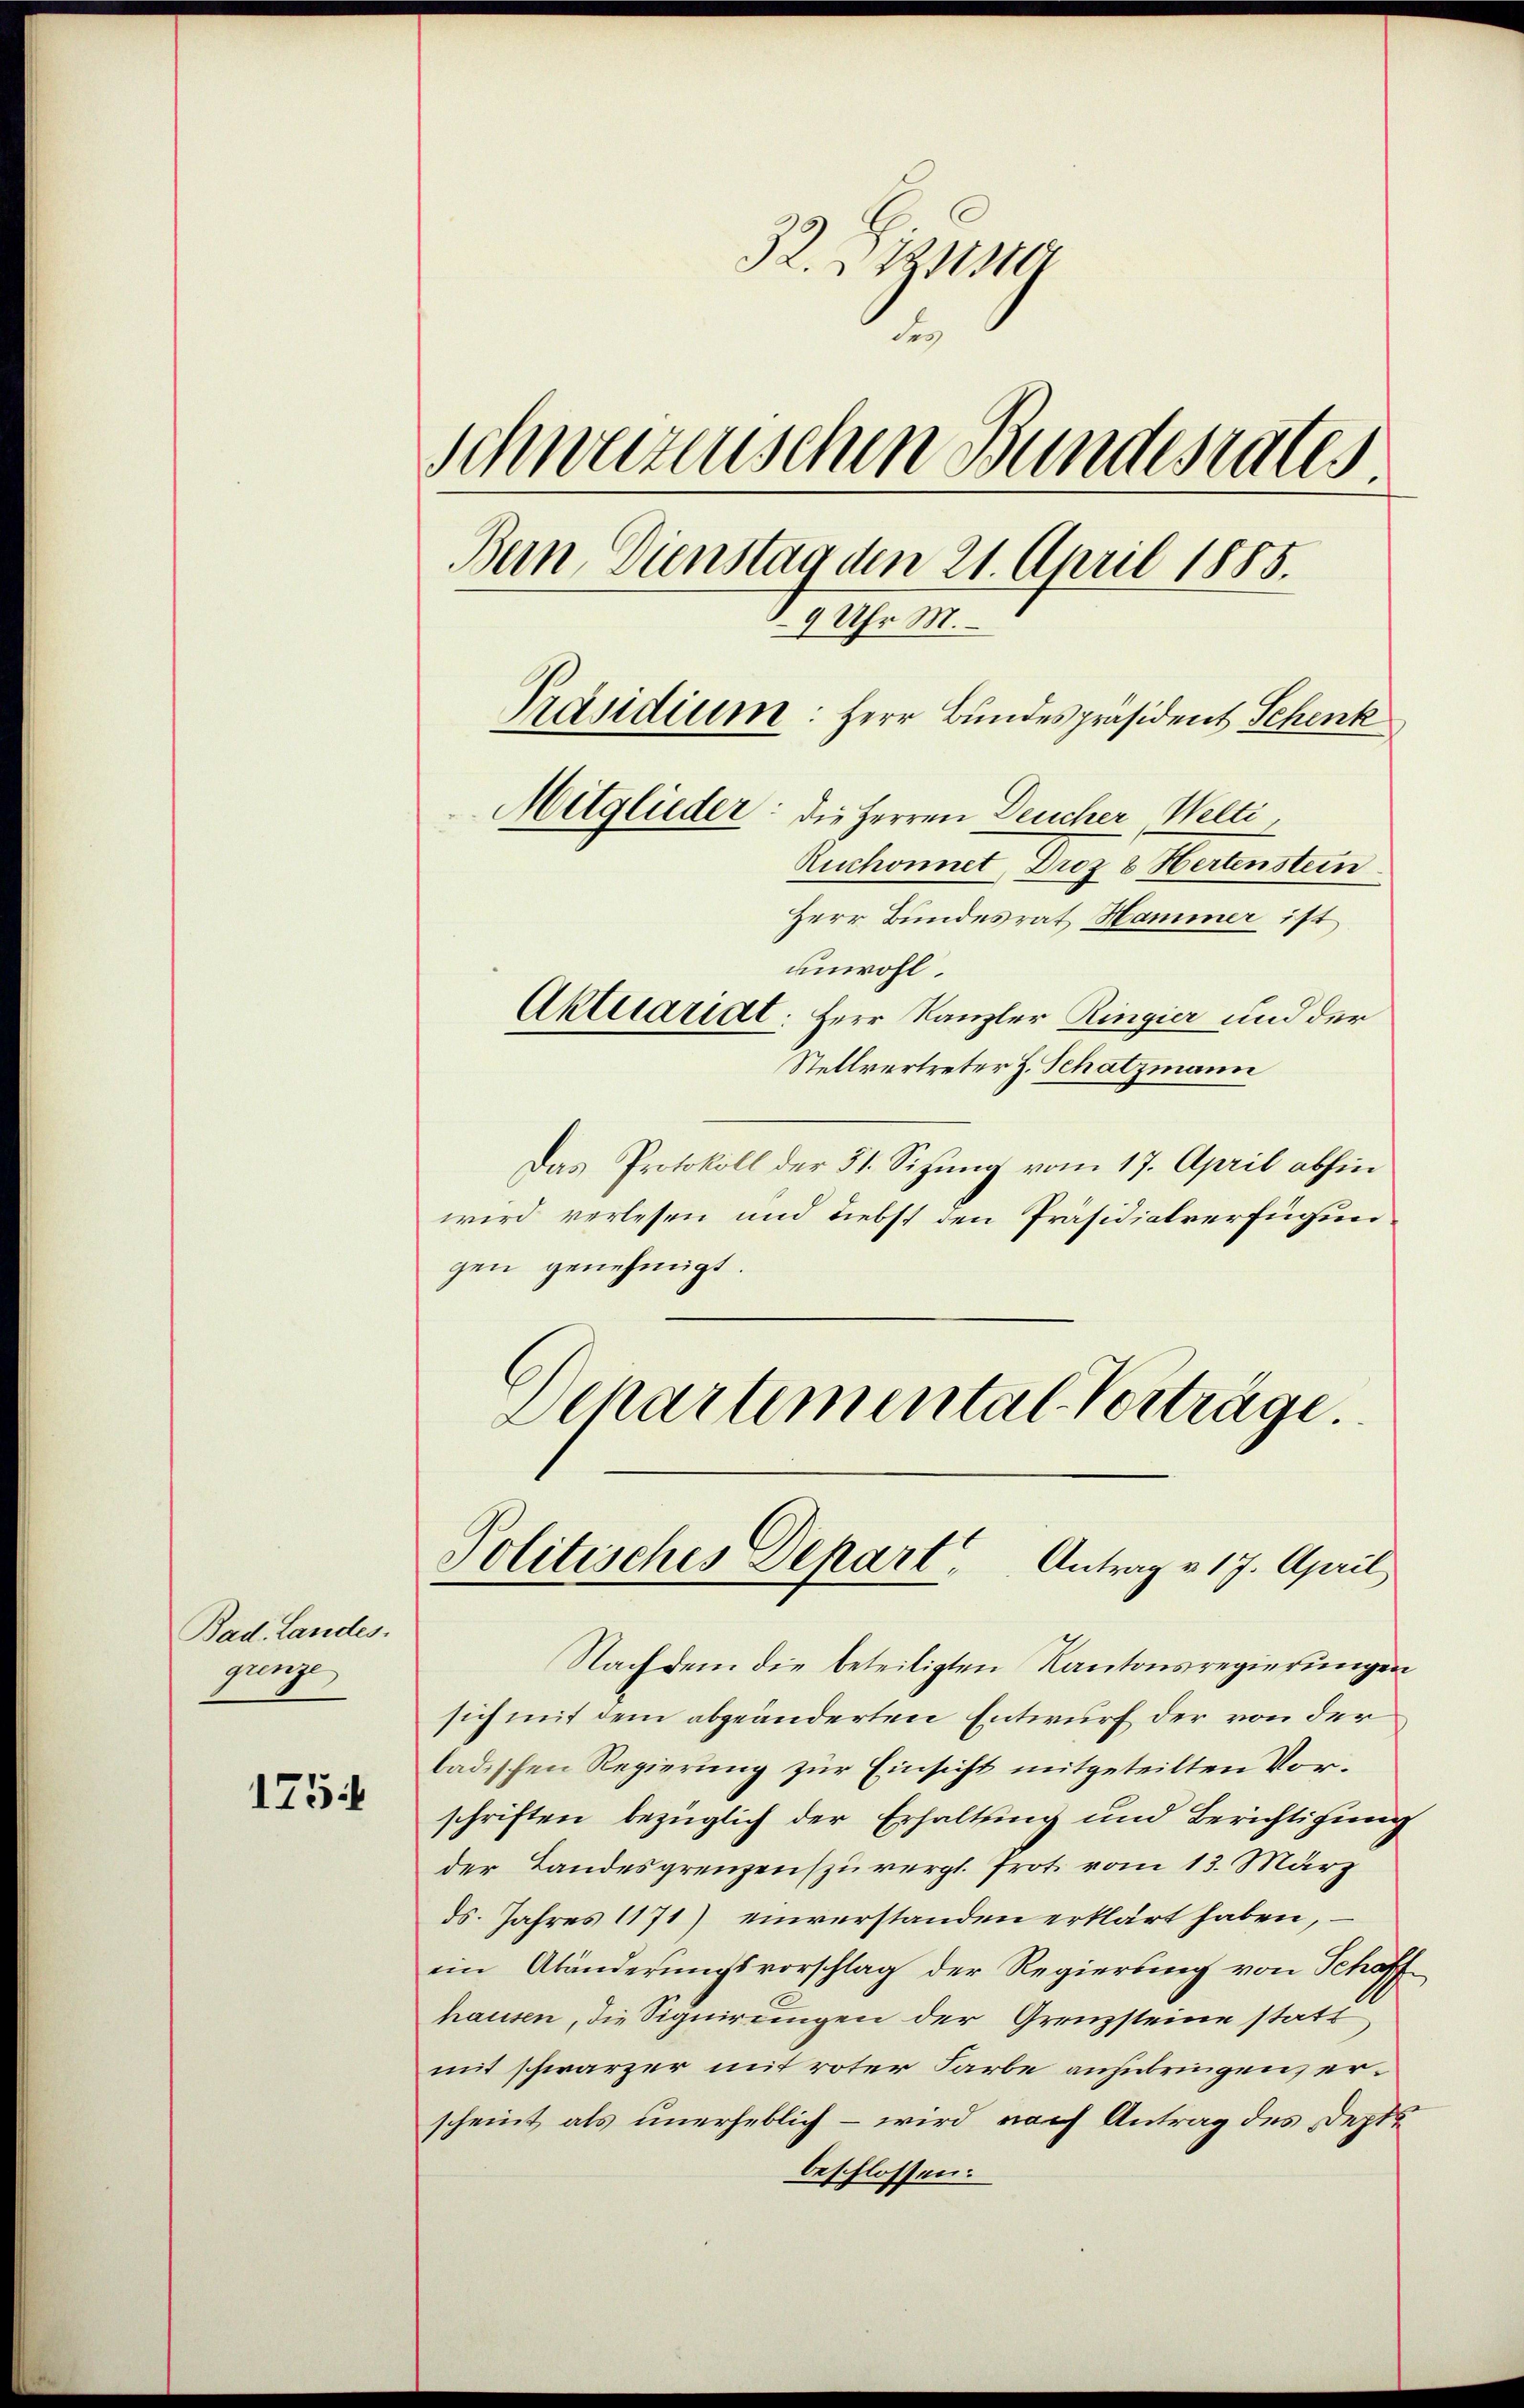
Bad. Landes.
grenze

175

32. Dienster
Fes
Schweizerischen Bundesrates
Bern, Dienstag den 21. April 1885.
19 Uhr M.
Präsidium: Herr Bundespräsident Schenk
Mitglieder: die Herren Deucher Welti
Ruchonnet, Droz. v. Hertenstein
Herr Bundesrat Hammer ist
unwohl.
Aktuariat: Herr Kanzler Ringier und der

Stellvertreter H. Schatzmann
Das Protokoll der 31. Sitzung vom 17. April abhin
wird verlesen und Liebst den Präsidialverfügungen genehmigt.
Schartemental Verträge

Nach dem die beteiligten Kantonsregierungen
sich mit dem abgeänderten Entwurf der von der
ladischen Regierung zur Einsicht mitgeteilten Vorschriften bezüglich der Erhaltung und Berichtigung
der Landesgrenzenspürergl. Prot. vom 13. März
ds. Jahres 1171) einverstanden erklärt haben,
ein Abänderungsvorschlag der Regierung von Schaff
hausen, die Signirungen der Grenzsteine statt
mit schwarzer mit roter Farbe anzubringen, erscheint als unerheblich – wird nach Antrag des Depti
beschlossen:

Politisches Depart Antrag v. 17. April